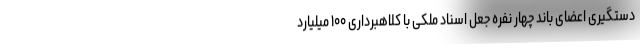
دستگیری اعضای باند چهار نفره جعل اسناد ملکی با کلاهبرداری ۱۰۰ میلیارد